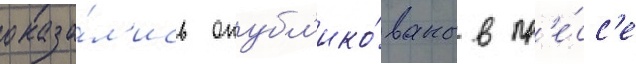
оказа́л'ись опубл'ико́ваны в пр'е́сс'е